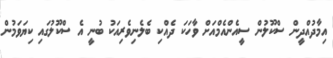
އިމާދުއްދީން ސްކޫލުން ސީއެންއެމްއަށް ވާހަކަ ދެއްކި ބެލެނިވެރިއަކު ބުނީ އެ ސްކޫލުގައި ކިޔަވަމުން